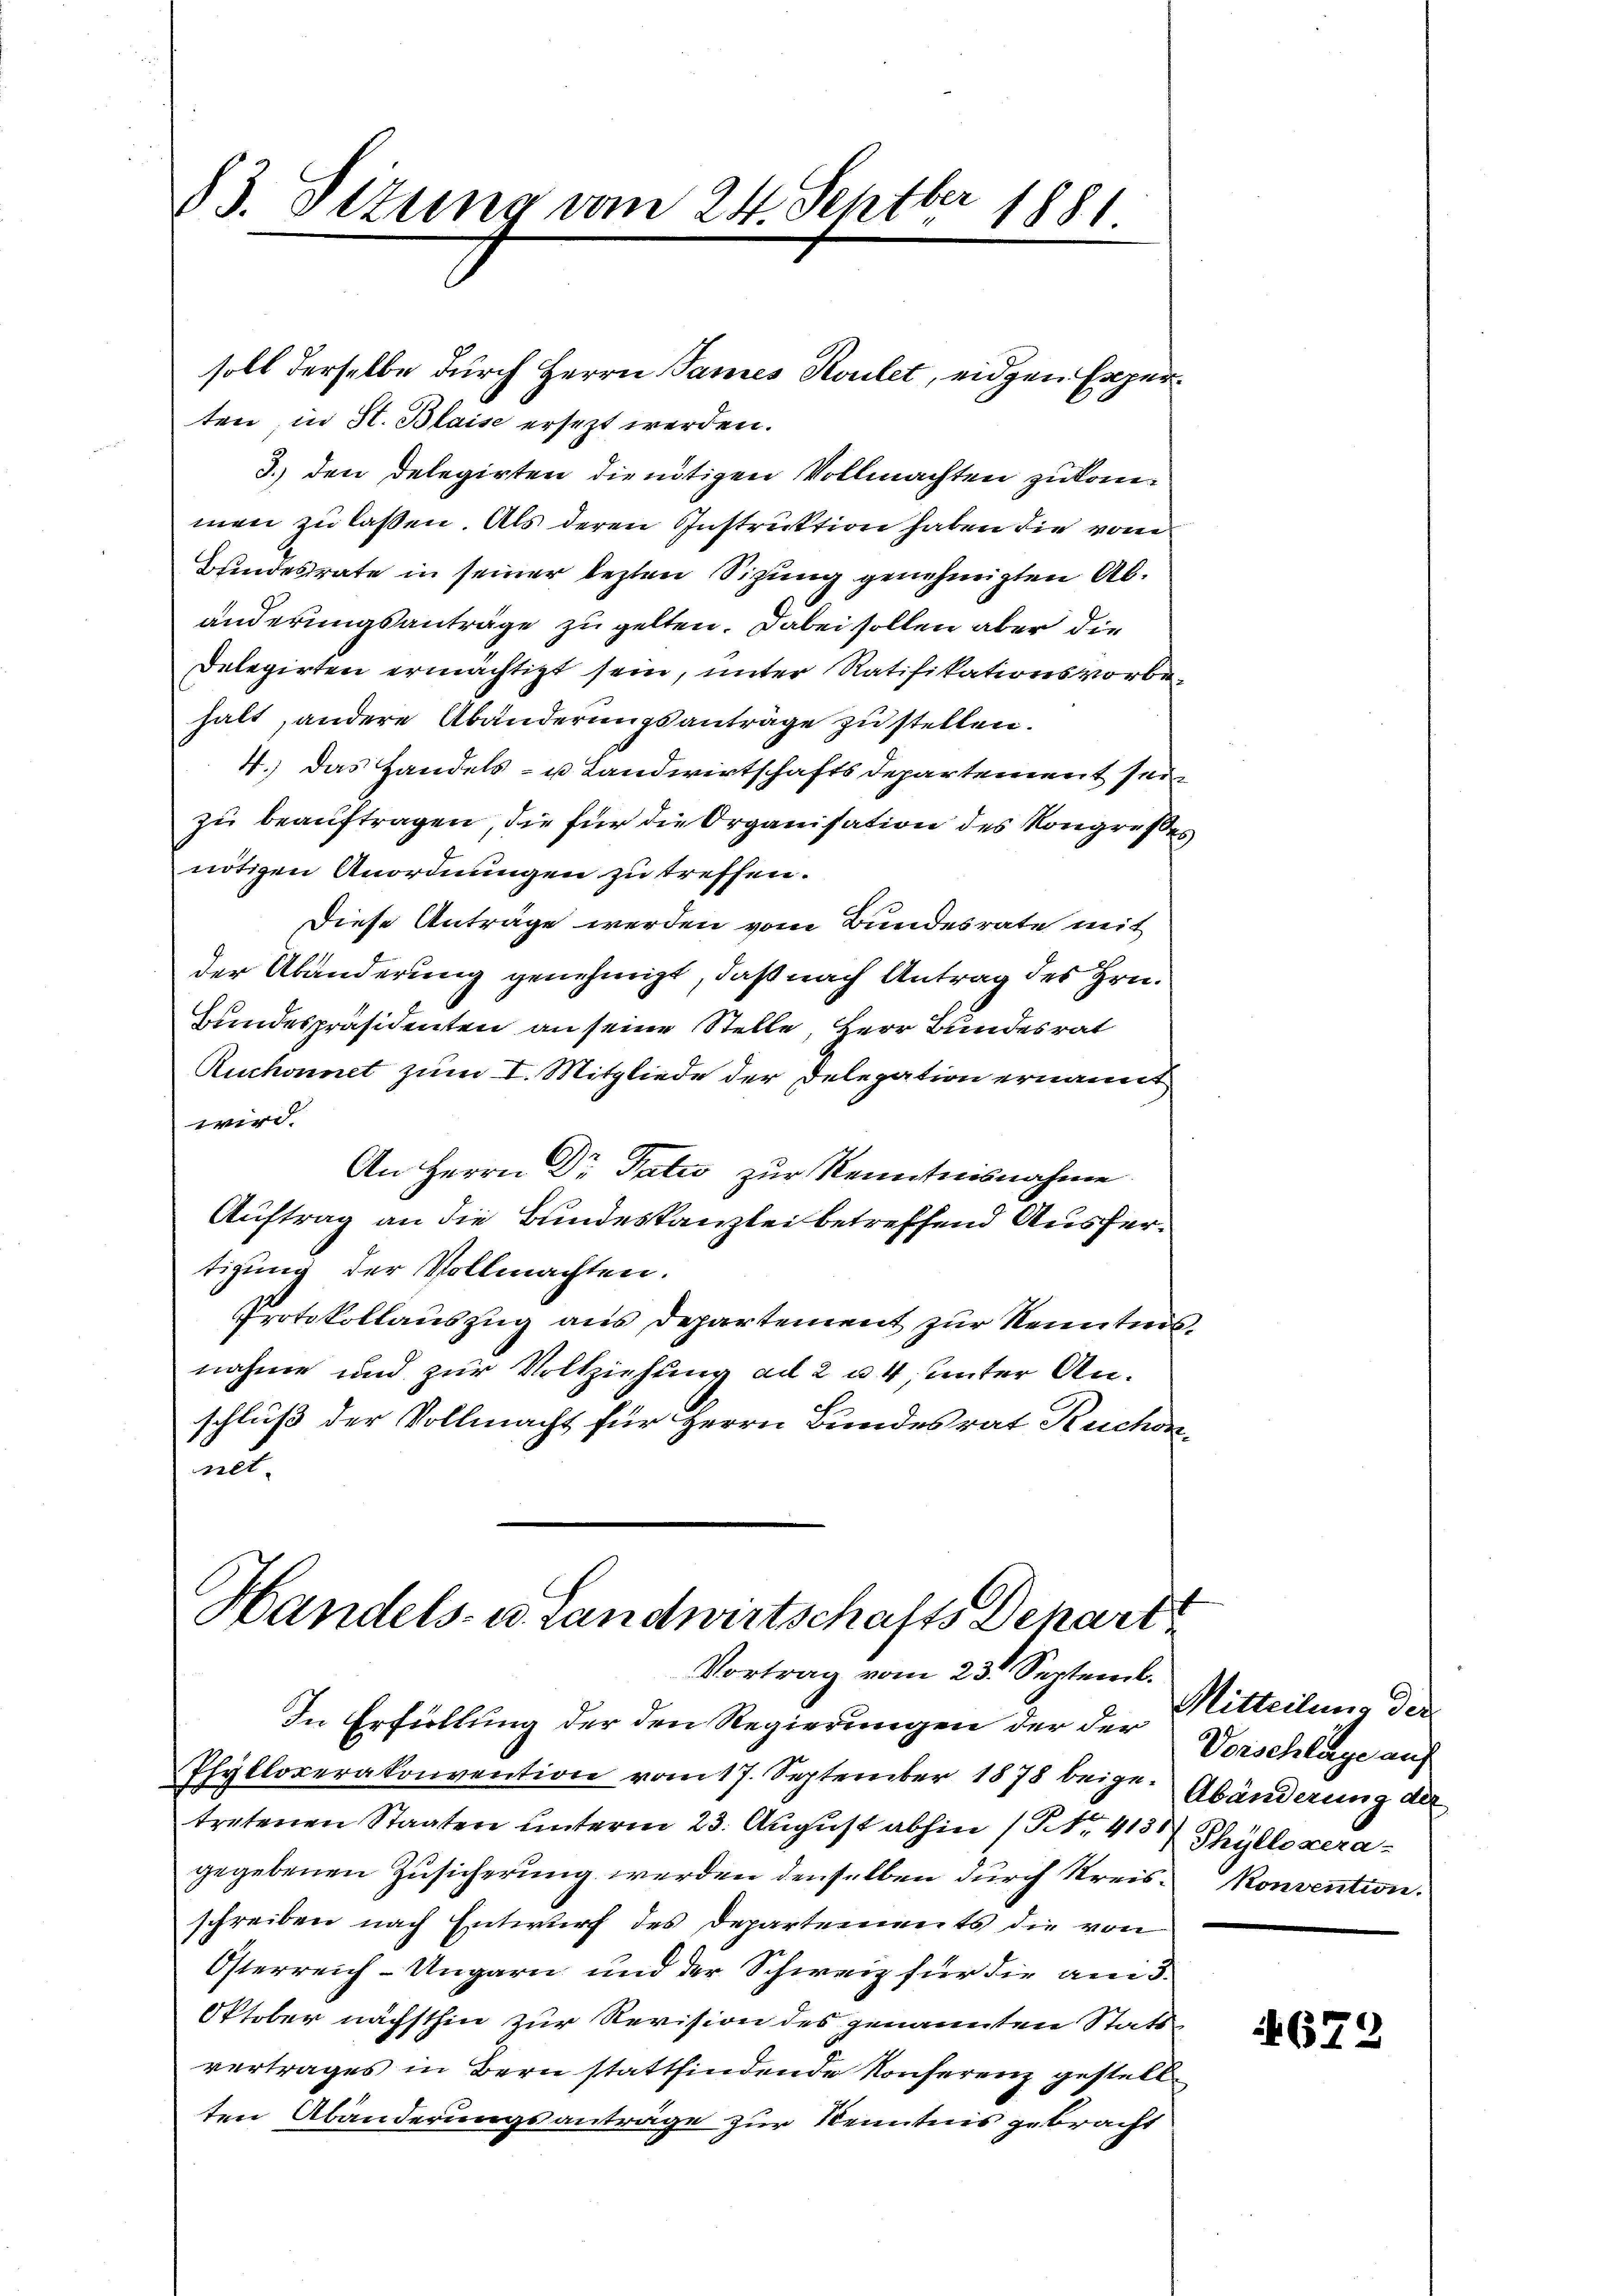
soll derselbe durch Herrn Sames Koulet, eidgen Experten, in St. Blaise ersezt werden.
3.) den Delegirten die nötigen Vollmachten zukommen zu laßen. Als deren Instruktion haben die vom
Bundesrate in seiner lezten Sizung genehmigten Abänderungsanträge zu gelten. Dabei sollen aber die
Delegirten ermächtigt sein, unter Ratifikationsvorbehalt, andere Abänderungsanträge zu stellen.
4.) Das Handels- u Landwirtschafts Departement sei
zu beauftragen, die für die Organisation des Kongreßes
nötigen Anordnungen zu treffen.
Diese Anträge werden vom Bundesrate mit
der Abänderung genehmigt, daß nach Antrag des Hrn.
Bundespräsidenten an seine Stelle, Herr Bundesrat
Ruchonnet zum I. Mitgliede der Delegation ernannt
wird.
An Herrn Dr Patio zur Kenntnisnahme
Auftrag an die Bundeskanzlei betreffend Ausfertigung der Vollmachten.
Protokollauszug aus Departement zur Kenntnis
nahme und zur Vollziehung ad 2 u. 4, unter Anschluß der Vollmacht für Herrn Bundesrat Ruchen
nnt.

83. Sizung vom 24. Septber 1881

Handels- u. Landwirtschafts Depart
Vortrag vom 23. Septemb.
In Erfüllung der den Regierungen der der Vorschlage auf
Phylloverakonvention vom 17. September 1878 beige Abänderung der

tretenen Staaten unterm 23. August abhin (Nr. 413 Phyllozeragegebenen Zusicherung werden denselben durch Kreis- Konvention.
schreiben nach Entwurf des Departements die von
Österreich-Ungarn und der Schweiz für die am 3.
Oktober nächsthin zur Revision des genannten Statsvertrages in Bern stattfindende Konferenz gestell
ten Abänderungsanträge zur Kenntnis gebracht

Mitteilung der

672